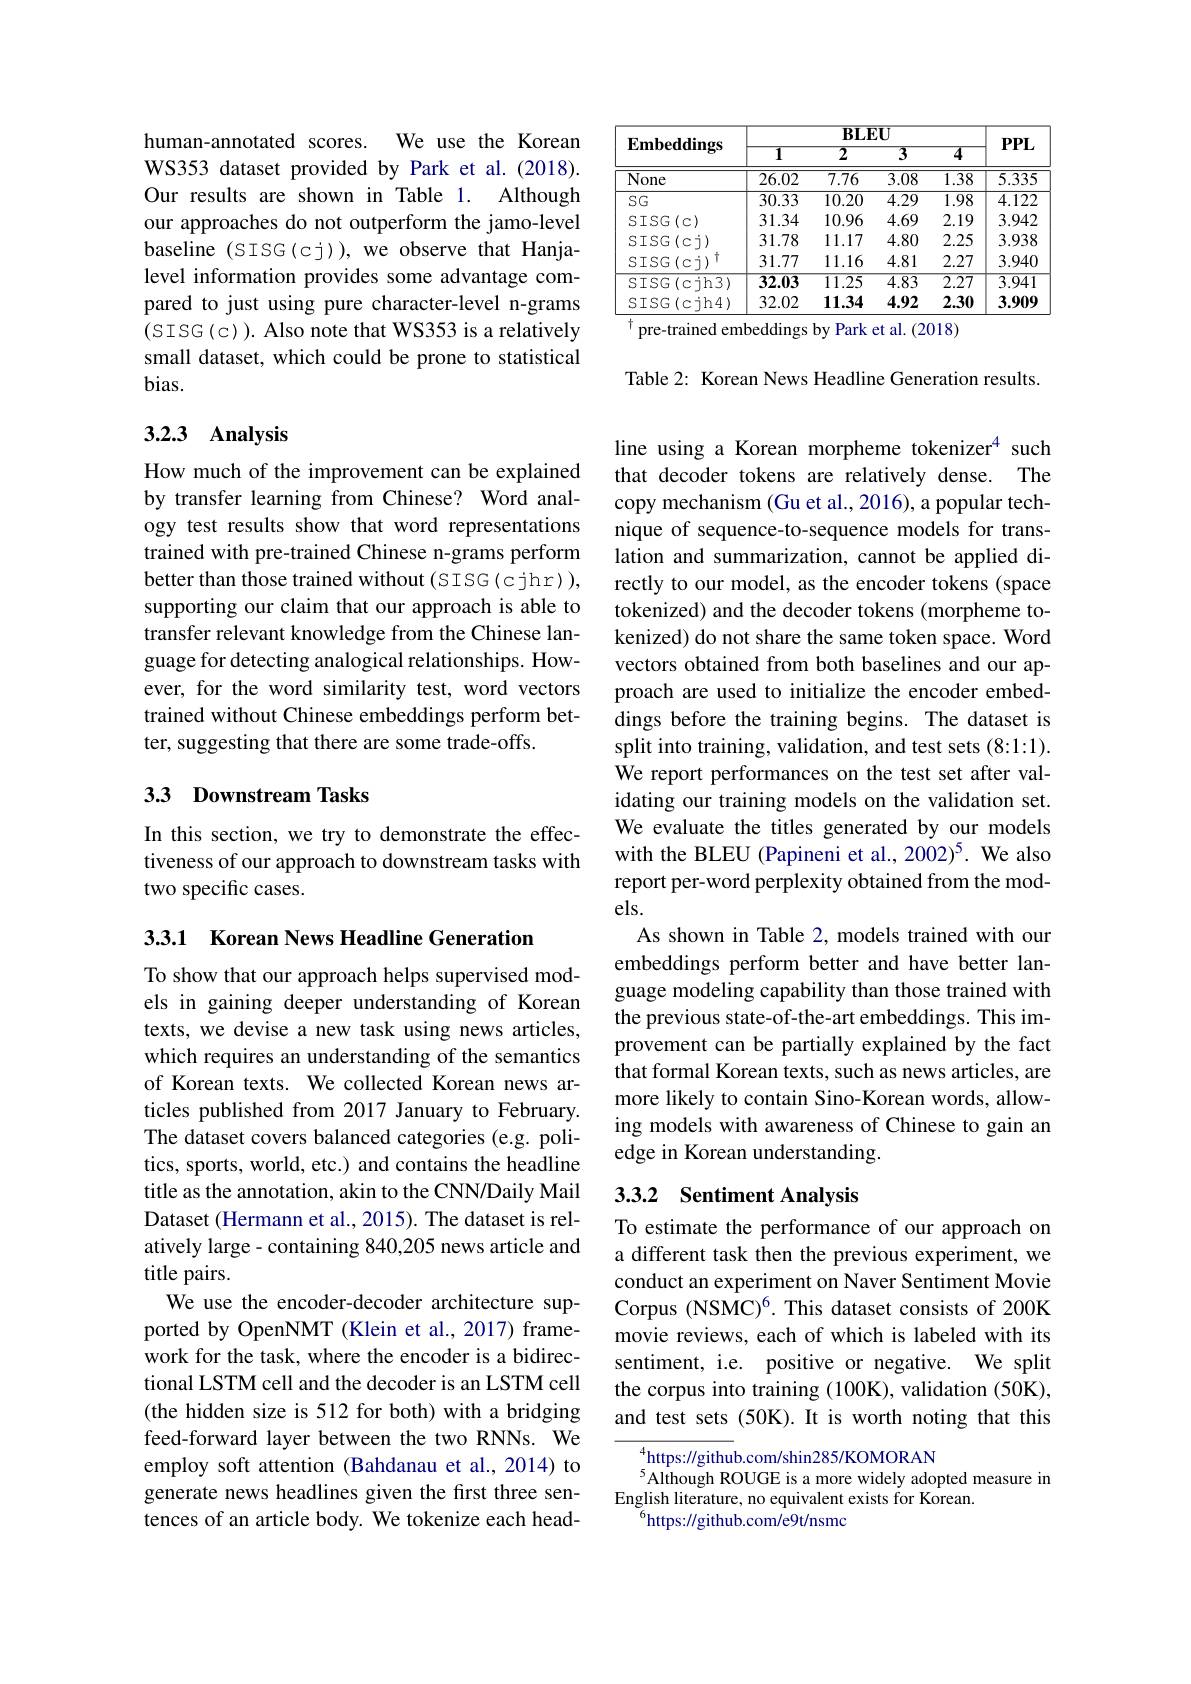
human-annotated scores. We use the Korean WS353 dataset provided by Park et al.(2018). Our results are shown in Table 1. Although our approaches do not outperform the jamo-level baseline (SISG(cj)), we observe that Hanjalevel information provides some advantage compared to just using pure character-level n-grams (SISG(c)). Also note that WS353 is a relatively small dataset, which could be prone to statistical bias.

### 3.2.3 Analysis

How much of the improvement can be explained by transfer learning from Chinese? Word analogy test results show that word representations trained with pre-trained Chinese n-grams perform better than those trained without (SISG(cjhr)), supporting our claim that our approach is able to transfer relevant knowledge from the Chinese language for detecting analogical relationships. However, for the word similarity test, word vectors trained without Chinese embeddings perform better, suggesting that there are some trade-offs.

## 33 Downstream Tasks

In this section, we try to demonstrate the effectiveness of our approach to downstream tasks with two specific cases.

3.3.1 Korean News Headline Generation

To show that our approach helps supervised models in gaining deeper understanding of Korean texts, we devise a new task using news articles, which requires an understanding of the semantics of Korean texts. We collected Korean news articles published from 2017 January to February. The dataset covers balanced categories (e.g. politics, sports, world, etc.) and contains the headline title as the annotation, akin to the CNN/Daily Mail Dataset (Hermann et al., 2015). The dataset is relatively large - containing 840,205 news article and title pairs.
We use the encoder-decoder architecture supported by OpenNMT (Klein et al., 2017) framework for the task, where the encoder is a bidirectional LSTM cell and the decoder is an LSTM cell (the hidden size is 512 for both) with a bridging feed-forward layer between the two RNNs. We employ soft attention (Bahdanau et al.,2014) to generate news headlines given the first three sentences of an article body. We tokenize each head-

<table>
	<tbody>
		<tr>
			<th rowspan="2">$\mathbf{Embeddings}$</th>
			<th colspan="4">$\mathbf{BLEU}$</th>
			<th rowspan="2">$PPL$</th>
		</tr>
		<tr>
			<th>$\overline{1}$</th>
			<th>$\overline{2}$</th>
			<th>$\overline{3}$</th>
			<th>$\overline{4}$</th>
		</tr>
		<tr>
			<td>None</td>
			<td>26.02</td>
			<td>$\overline{7.76}$</td>
			<td>$\overline{3.08}$</td>
			<td>$\overline{1.38}$</td>
			<td>$\overline{5.335}$</td>
		</tr>
		<tr>
			<td>$SG$</td>
			<td>30.33</td>
			<td>10.20</td>
			<td>4.29</td>
			<td>1.98</td>
			<td>4.122</td>
		</tr>
		<tr>
			<td>$SISG(c)$</td>
			<td>31.34</td>
			<td>10.96</td>
			<td>4.69</td>
			<td>2.19</td>
			<td>3.942</td>
		</tr>
		<tr>
			<td>$SISG(c\dot{\daleth})$</td>
			<td>31.78</td>
			<td>11.17</td>
			<td>4.80</td>
			<td>2.25</td>
			<td>3.938</td>
		</tr>
		<tr>
			<td>市 $SISG(c\dot{\daleth})$</td>
			<td>31.77</td>
			<td>11.16</td>
			<td>4.81</td>
			<td>2.27</td>
			<td>$3.94C$</td>
		</tr>
		<tr>
			<td>$SISG(c\dot{\daleth}h3)$</td>
			<td>32.03</td>
			<td>$\overline{11.25}$</td>
			<td>$\overline{4.83}$</td>
			<td>$\overline{2.27}$</td>
			<td>$\overline{3.941}$</td>
		</tr>
		<tr>
			<td>SISG(cih4)</td>
			<td>32.02</td>
			<td>11.34</td>
			<td>4.92</td>
			<td>2.30</td>
			<td>3.909</td>
		</tr>
	</tbody>
</table>
$^{\dagger}$pre-trained embeddings by Park et al. (2018)

Table 2: Korean News Headline Generation results.

line using a Korean morpheme tokenizer$^{4}$ such that decoder tokens are relatively dense. The copy mechanism (Gu et al., 2016), a popular technique of sequence-to-sequence models for translation and summarization, cannot be applied directly to our model, as the encoder tokens (space tokenized) and the decoder tokens (morpheme tokenized) do not share the same token space. Word vectors obtained from both baselines and our approach are used to initialize the encoder embeddings before the training begins. The dataset is split into training, validation, and test sets (8:1:1). We report performances on the test set after validating our training models on the validation set. We evaluate the titles generated by our models with the BLEU (Papineni et al., 2002)$^5.$ We also report per-word perplexity obtained from the models.
As shown in Table 2, models trained with our embeddings perform better and have better language modeling capability than those trained with the previous state-of-the-art embeddings. This improvement can be partially explained by the fact that formal Korean texts, such as news articles, are more likely to contain Sino-Korean words, allowing models with awareness of Chinese to gain an edge in Korean understanding.

## 3.3.2 Sentiment Analysis

To estimate the performance of our approach on a different task then the previous experiment, we conduct an experiment on Naver Sentiment Movie Corpus (NSMC)$^6.$ This dataset consists of 200K movie reviews, each of which is labeled with its sentiment, i.e. positive or negative. We split the corpus into training (100K), validation (50K), and test sets (50K). It is worth noting that this

https://github.com/shin285/KOMORAN
Although ROUGE is a more widely adopted measure in
English literature, no equivalent exists for Korean.
$^{6}$https://github.com/e9t/nsmc